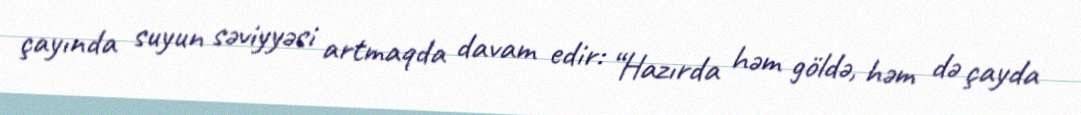
çayında suyun səviyyəsi artmaqda davam edir: “Hazırda həm göldə, həm də çayda